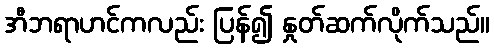
အီဘရာဟင်ကလည်း ပြန်၍ နှုတ်ဆက်လိုက်သည်။